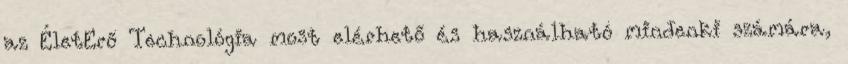
az ÉletErő Technológia most elérhető és használható mindenki számára,